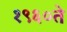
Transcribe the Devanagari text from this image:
१९६०ते